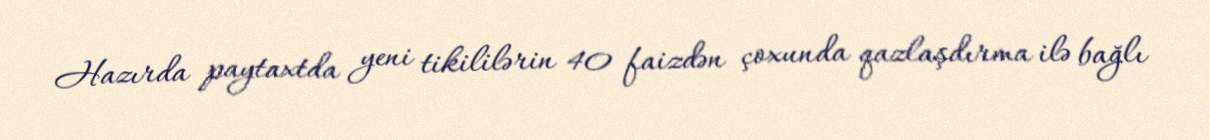
Hazırda paytaxtda yeni tikililərin 40 faizdən çoxunda qazlaşdırma ilə bağlı